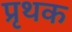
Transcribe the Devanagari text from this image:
प्रृथक